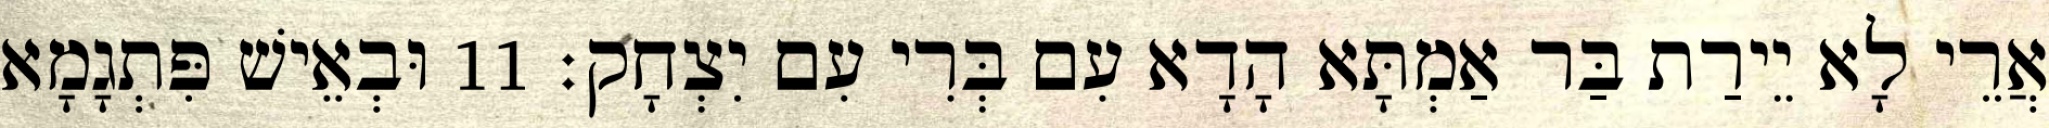
אֲרֵי לָא יֵירַת בַּר אַמְתָּא הָדָא עִם בְּרִי עִם יִצְחָק׃ 11 וּבְאֵישׁ פִּתְגָמָא